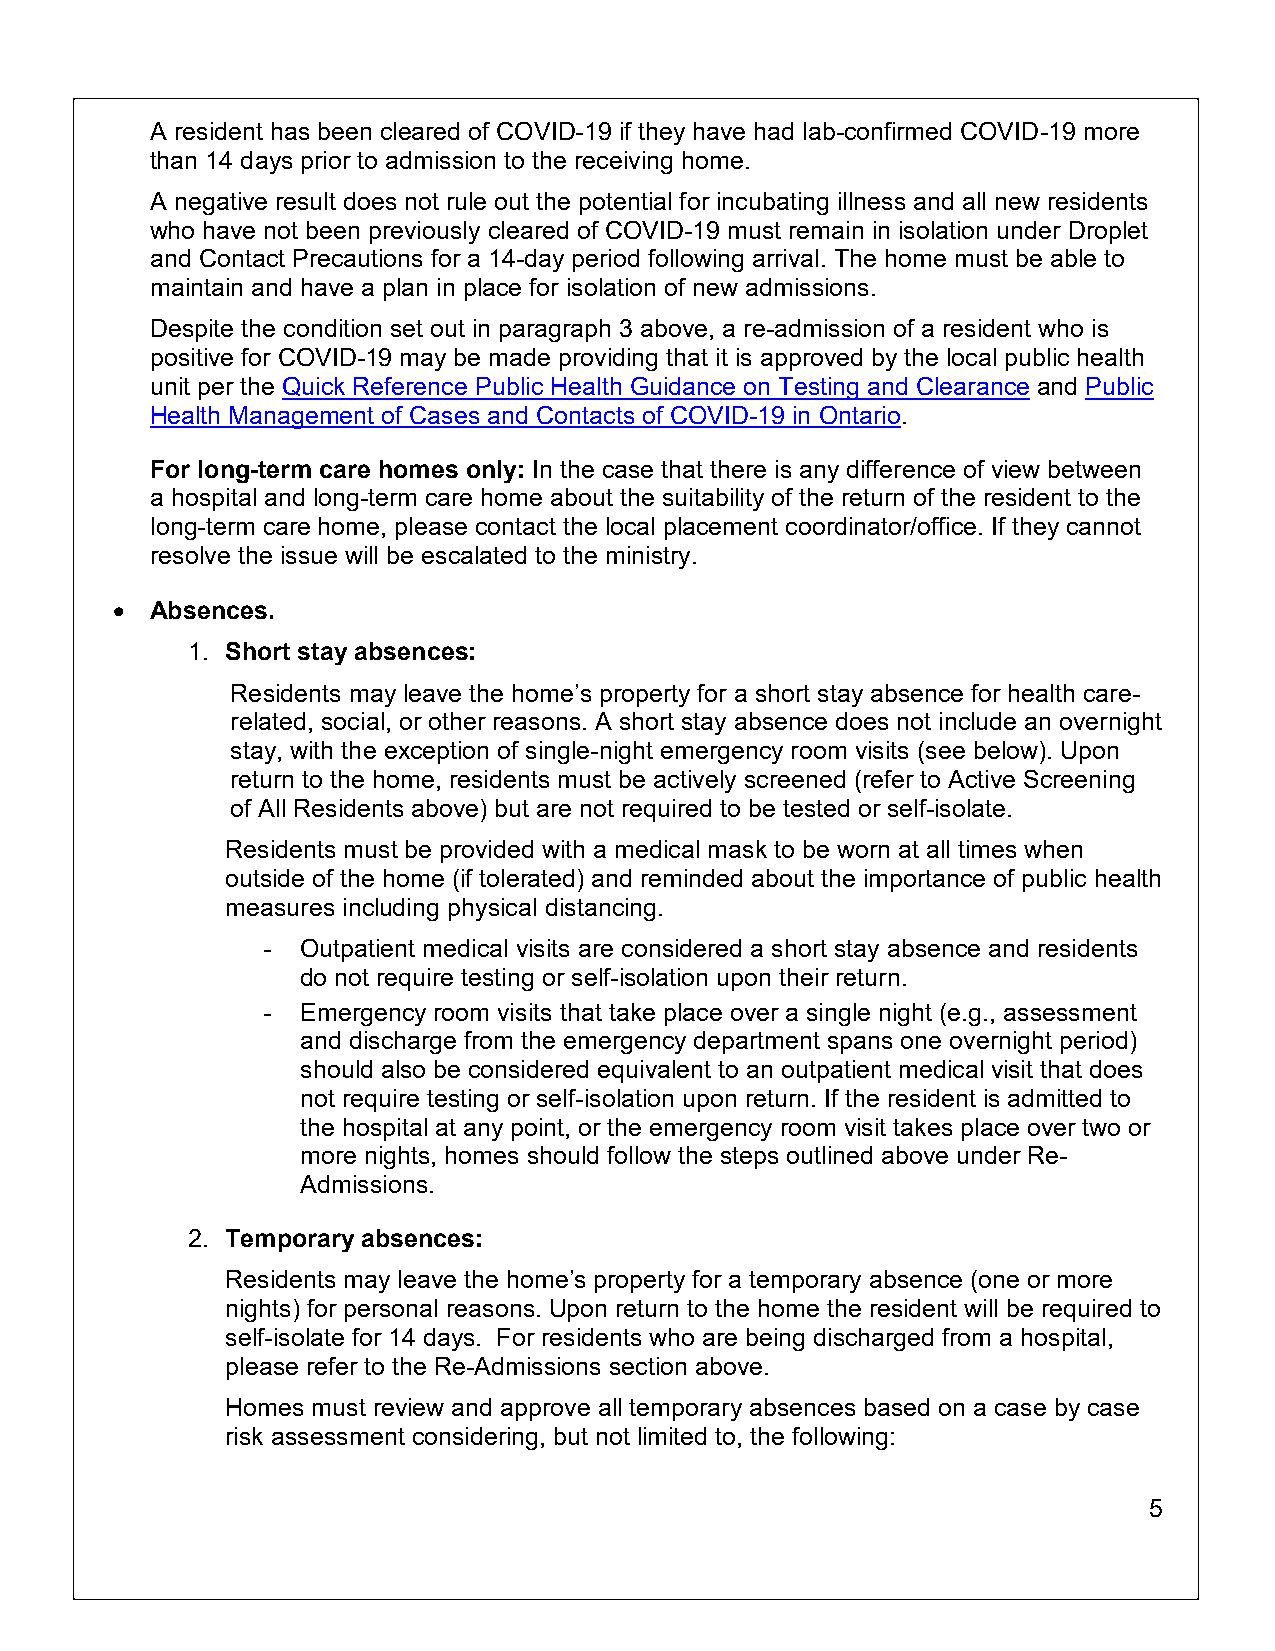
A resident has been cleared of COVID-19 if they have had lab-confirmed COVID-19 more
 than 14 days prior to admission to the receiving home.
 A negative result does not rule out the potential for incubating illness and all new residents
 who have not been previously cleared of COVID-19 must remain in isolation under Droplet
 and Contact Precautions for a 14-day period following arrival. The home must be able to
 maintain and have a plan in place for isolation of new admissions.
 Despite the condition set out in paragraph 3 above, a re-admission of a resident who is
 positive for COVID-19 may be made providing that it is approved by the local public health
 unit per the Quick Reference Public Health Guidance on Testing and Clearance and Public
 Health Management of Cases and Contacts of COVID-19 in Ontario.
 For long-term care homes only: In the case that there is any difference of view between
 a hospital and long-term care home about the suitability of the return of the resident to the
 long-term care home, please contact the local placement coordinator/office. If they cannot
 resolve the issue will be escalated to the ministry.
 •  Absences.
 1. Short stay absences:
 Residents may leave the home’s property for a short stay absence for health care-
 related, social, or other reasons. A short stay absence does not include an overnight
 stay, with the exception of single-night emergency room visits (see below). Upon
 return to the home, residents must be actively screened (refer to Active Screening
 of All Residents above) but are not required to be tested or self-isolate.
 Residents must be provided with a medical mask to be worn at all times when
 outside of the home (if tolerated) and reminded about the importance of public health
 measures including physical distancing.
 -  Outpatient medical visits are considered a short stay absence and residents
 do not require testing or self-isolation upon their return.
 -  Emergency room visits that take place over a single night (e.g., assessment
 and discharge from the emergency department spans one overnight period)
 should also be considered equivalent to an outpatient medical visit that does
 not require testing or self-isolation upon return. If the resident is admitted to
 the hospital at any point, or the emergency room visit takes place over two or
 more nights, homes should follow the steps outlined above under Re-
 Admissions.
 2. Temporary absences:
 Residents may leave the home’s property for a temporary absence (one or more
 nights) for personal reasons. Upon return to the home the resident will be required to
 self-isolate for 14 days. For residents who are being discharged from a hospital,
 please refer to the Re-Admissions section above.
 Homes must review and approve all temporary absences based on a case by case
 risk assessment considering, but not limited to, the following:
 5